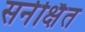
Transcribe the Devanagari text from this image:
सर्नर्क्षित